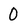
Character: 0